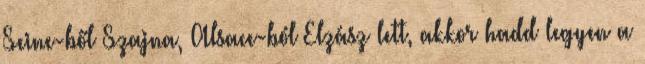
Seine-ből Szajna, Alsace-ból Elzász lett, akkor hadd legyen a